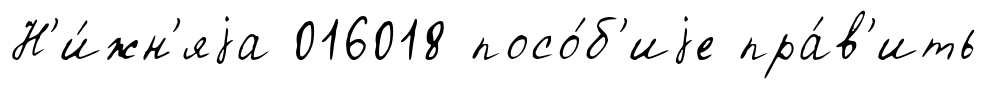
Н'и́жн'яjа 016018 посо́б'иjе пра́в'ить